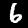
Digit: 6